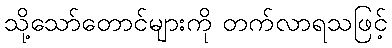
သို့သော်တောင်များကို တက်လာရသဖြင့်